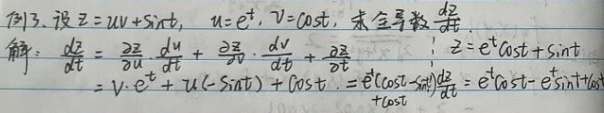
例3. 设 \(z = uv+\sin t\)，\(u = e^{t}\)，\(v=\cos t\)，求全导数 \(\frac{dz}{dt}\)。

解：
\[
\begin{align*}
\frac{dz}{dt}&=\frac{\partial z}{\partial u}\frac{du}{dt}+\frac{\partial z}{\partial v}\frac{dv}{dt}+\frac{\partial z}{\partial t}\\
&=v\cdot e^{t}+u(-\sin t)+\cos t\\
&=e^{t}\cos t - e^{t}\sin t+\cos t
\end{align*}
\]

因为 \(z = e^{t}\cos t+\sin t\)，所以 \(\frac{dz}{dt}=e^{t}\cos t - e^{t}\sin t+\cos t\)。